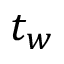
t _ { w }